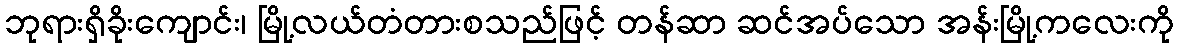
ဘုရားရှိခိုးကျောင်း၊ မြို့လယ်တံတားစသည်ဖြင့် တန်ဆာ ဆင်အပ်သော အန်းမြို့ကလေးကို